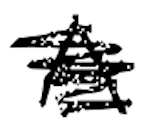
Text: A
Cross-out: scratch
Writing tool: digital_black